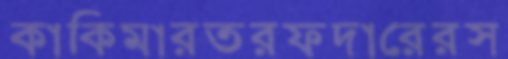
কাকিমারতরফদারেরস